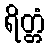
ရိတ္တံ